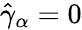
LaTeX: \hat{\gamma}_{\alpha}=0